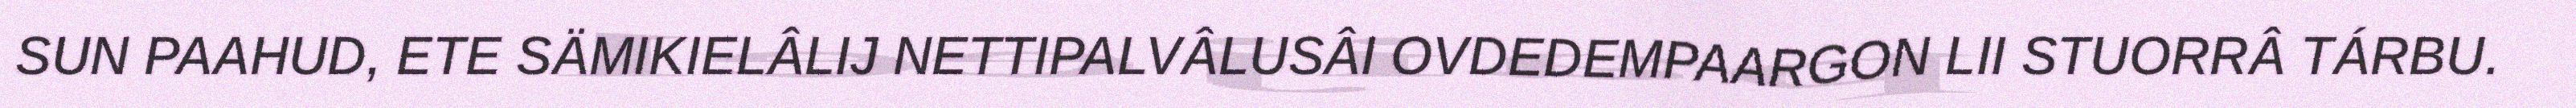
SUN PAAHUD, ETE SÄMIKIELÂLIJ NETTIPALVÂLUSÂI OVDEDEMPAARGON LII STUORRÂ TÁRBU.